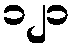
၁၂၁